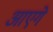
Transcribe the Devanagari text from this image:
आएगे